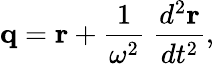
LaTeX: {\mathbf q}={\mathbf r}+{\frac{1}{\omega^{2}}}\; {\frac{d^{2}{\mathbf r}}{dt^{2}}},